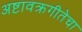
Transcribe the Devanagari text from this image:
अष्टावक्रगीतेचा